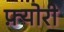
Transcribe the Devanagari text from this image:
फ़्योरी